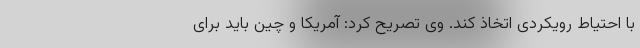
با احتیاط رویکردی اتخاذ کند. وی تصریح کرد: آمریکا و چین باید برای